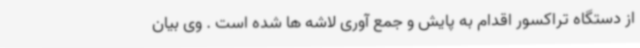
از دستگاه تراکسور اقدام به پایش و جمع آوری لاشه ها شده است . وی بیان